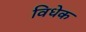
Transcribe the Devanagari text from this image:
विधेक